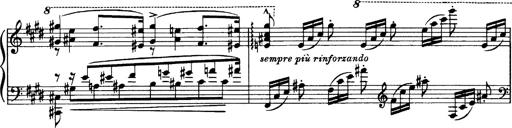
Title: OuvertÃ¼re zu TannhÃ¤user
Composer: Franz Liszt